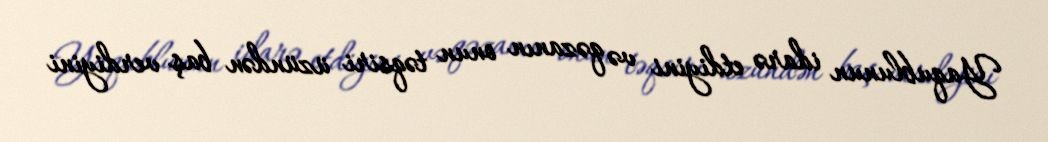
Yaqublunun idarə etdiyini və qəzanın onun təqsiri üzündən baş verdiyini